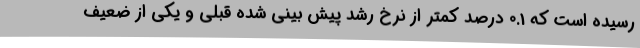
رسیده است که 0.1 درصد کمتر از نرخ رشد پیش بینی شده قبلی و یکی از ضعیف